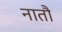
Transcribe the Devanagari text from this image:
नातौ